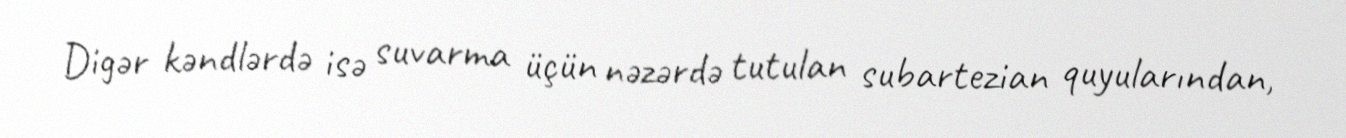
Digər kəndlərdə isə suvarma üçün nəzərdə tutulan subartezian quyularından,